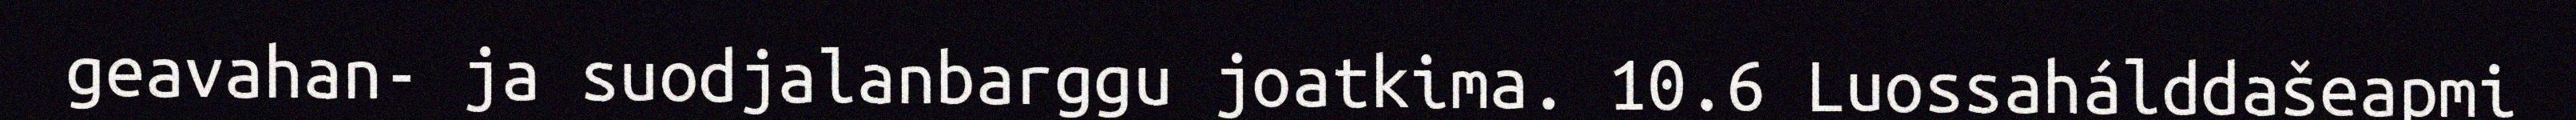
geavahan- ja suodjalanbarggu joatkima. 10.6 Luossahálddašeapmi